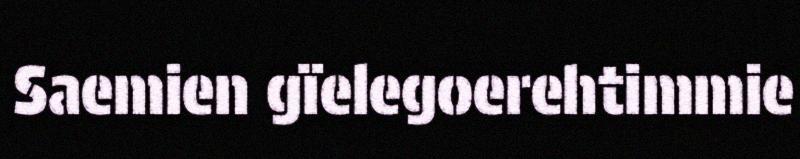
Saemien gïelegoerehtimmie